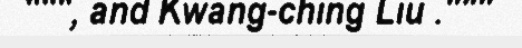
""", and Kwang-ching Liu ."""